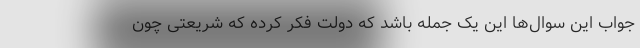
جواب این سوال‌ها این یک جمله باشد که دولت فکر کرده که شریعتی چون